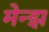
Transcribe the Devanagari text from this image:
मेन्झ